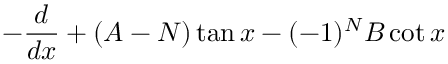
- \frac { d } { d x } + ( A - N ) \tan x - ( - 1 ) ^ { N } B \cot x